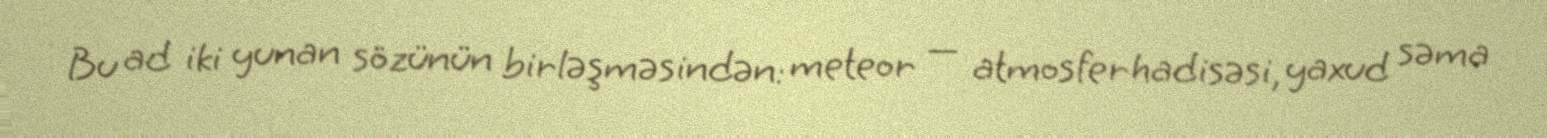
Bu ad iki yunan sözünün birləşməsindən: meteor — atmosfer hadisəsi, yaxud səma